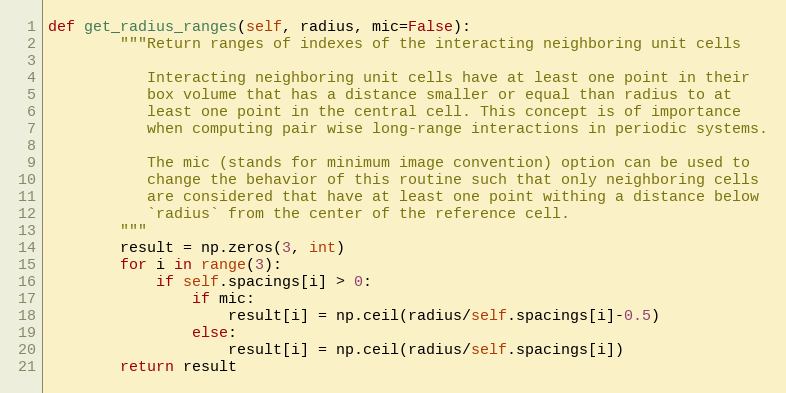
Language: Python
def get_radius_ranges(self, radius, mic=False):
        """Return ranges of indexes of the interacting neighboring unit cells

           Interacting neighboring unit cells have at least one point in their
           box volume that has a distance smaller or equal than radius to at
           least one point in the central cell. This concept is of importance
           when computing pair wise long-range interactions in periodic systems.

           The mic (stands for minimum image convention) option can be used to
           change the behavior of this routine such that only neighboring cells
           are considered that have at least one point withing a distance below
           `radius` from the center of the reference cell.
        """
        result = np.zeros(3, int)
        for i in range(3):
            if self.spacings[i] > 0:
                if mic:
                    result[i] = np.ceil(radius/self.spacings[i]-0.5)
                else:
                    result[i] = np.ceil(radius/self.spacings[i])
        return result